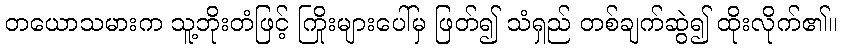
တယောသမားက သူ့ဘိုးတံဖြင့် ကြိုးများပေါ်မှ ဖြတ်၍ သံရှည် တစ်ချက်ဆွဲ၍ ထိုးလိုက်၏။